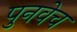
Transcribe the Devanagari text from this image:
पुनवेच